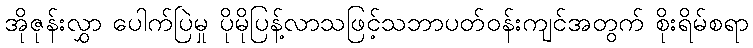
အိုဇုန်းလွှာ ပေါက်ပြဲမှု ပိုမိုပြန့်လာသဖြင့်သဘာပတ်ဝန်းကျင်အတွက် စိုးရိမ်စရာ